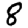
Digit: 8